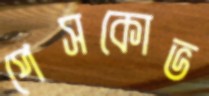
পেসকোভ